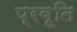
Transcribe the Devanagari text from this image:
प्रवृ्ति